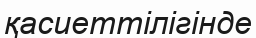
қасиеттілігінде